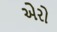
એરો